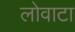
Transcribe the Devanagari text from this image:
लोवाटा